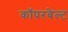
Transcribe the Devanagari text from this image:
कॉपरबेल्ट